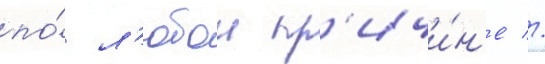
по́ л'юбои пр'ичи́н'е //